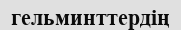
гельминттердің